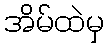
အိမ်ထဲမှ